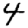
Digit: 4